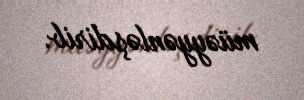
müəyyənləşdirib.